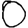
Digit: 0